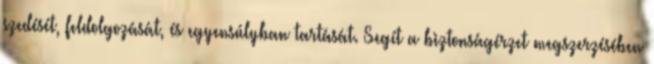
szedését, feldolgozását, és egyensúlyban tartását. Segít a biztonságérzet megszerzésében